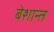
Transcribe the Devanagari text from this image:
बेशान्त